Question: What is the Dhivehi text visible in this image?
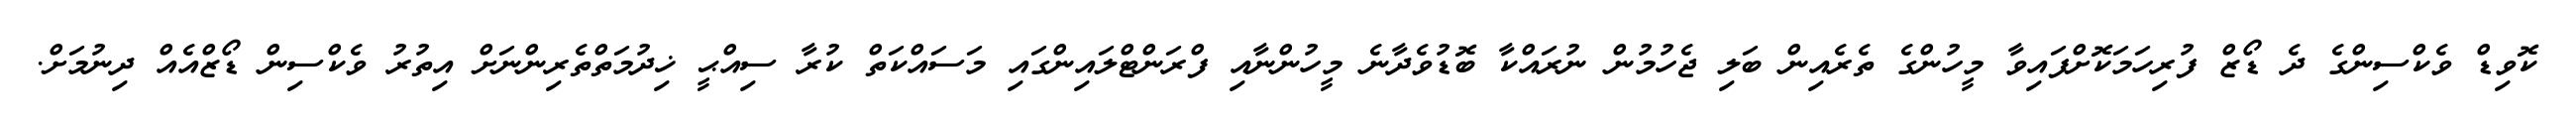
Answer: ކޮވިޑް ވެކްސިންގެ ދެ ޑޯޒް ފުރިހަމަކޮށްފައިވާ މީހުންގެ ތެރެއިން ބަލި ޖެހުމުން ނުރައްކާ ބޮޑުވެދާނެ މީހުންނާއި ފްރަންޓްލައިންގައި މަސައްކަތް ކުރާ ސިއްޙީ ޚިދުމަތްތެރިންނަށް އިތުރު ވެކްސިން ޑޯޒްއެއް ދިނުމަށް.